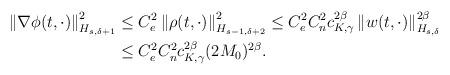
LaTeX: \begin{align*} \left\| \nabla\phi(t,\cdot) \right\|_{H_{s,\delta+1}}^{2} & \leq C_{e}^2 \left\| \rho(t,\cdot)\right\|_{H_{s-1,\delta +2}}^{2} \leq C_{e}^2 C_{n}^2 c_{K,\gamma}^{2\beta}\left\|w(t,\cdot)\right\|_{H_{s,\delta}}^{2\beta} \\ & \leq C_{e}^2C_{n}^2c_{K,\gamma}^{2\beta}(2M_0)^{2\beta}. \end{align*}